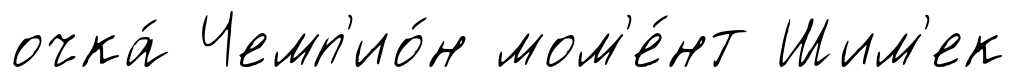
очка́ Чемп'ио́н мом'е́нт Шим'ек